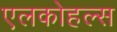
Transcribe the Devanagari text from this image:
एलकोहल्स